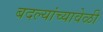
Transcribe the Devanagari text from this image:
बदल्यांच्यावेळी